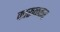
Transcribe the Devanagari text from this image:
कारूळकर